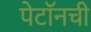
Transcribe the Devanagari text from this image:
पेटॉनची